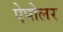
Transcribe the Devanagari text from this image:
ऐपोलर